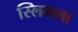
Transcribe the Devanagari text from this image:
स्लिमला